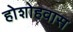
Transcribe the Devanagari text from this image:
होशोहवास